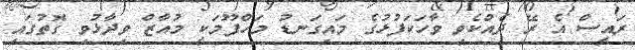
ރައީސް އެ ރޭ ދެެއްކެވި ވާހަކަފުޅުގެ މައިގަނޑު މަހްފޫމަކީ މުއާޒް ވިދާޅުވި ގޮތުގައި